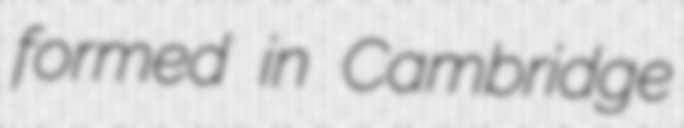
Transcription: formed in Cambridge